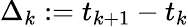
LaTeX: \Delta_{k}:=t_{k+1}-t_{k}